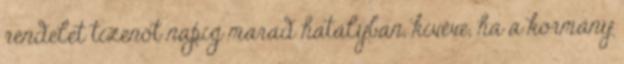
rendelet tizenöt napig marad hatályban, kivéve, ha a kormány